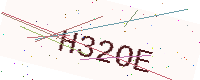
Text: H32OE